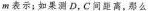
m表示；如果测D，C间距离，那么